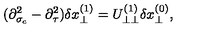
( \partial _ { \sigma _ { c } } ^ { 2 } - \partial _ { \tau } ^ { 2 } ) \delta x _ { \perp } ^ { ( 1 ) } = U _ { \perp \perp } ^ { ( 1 ) } \delta x _ { \perp } ^ { ( 0 ) } ,